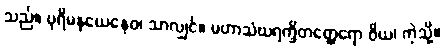
သည်။ ပုရိမနယေနေဝ၊ သာလျှင်။ မဟာသံဃရက္ခိတတ္ထေရော ဝိယ၊ ကဲ့သို့။